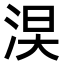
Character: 𣵖